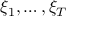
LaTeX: \xi _ { 1 } , \dots , \xi _ { T }